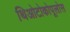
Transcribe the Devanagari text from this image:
थिओटोकोपूलोस